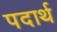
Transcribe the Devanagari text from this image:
पदार्थ